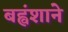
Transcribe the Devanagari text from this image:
बह्वंशाने